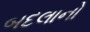
બદલાનો